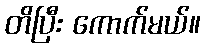
တိပြီး ကောက်မယ်။